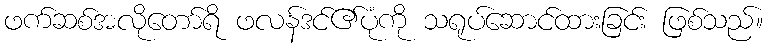
ဖက်ဆစ်အလိုတော်ရိ ဖလန်ဒင်၏ပုံကို သရုပ်ဆောင်ထားခြင်း ဖြစ်သည်။